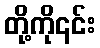
တို့ကို၎င်း